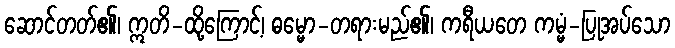
ဆောင်တတ်၏၊ ဣတိ-ထို့ကြောင့်၊ ဓမ္မော-တရားမည်၏၊ ကရီယတေ ကမ္မံ-ပြုအပ်သော